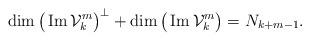
LaTeX: \begin{align*}\dim \big(\operatorname{Im}\mathcal V_k^m\big)^\perp +\dim \big(\operatorname{Im}\mathcal V_k^m\big)=N_{k+m-1}.\end{align*}